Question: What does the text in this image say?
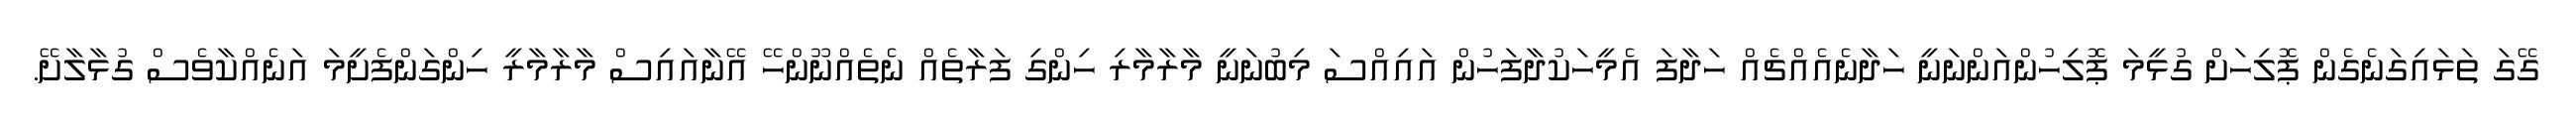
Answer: ގޭގަ ތަޅައިގަނެގެން ޕޮލިހަށް ގުޅީމަ ޕޮލިހުންއަންނަނީ ހަދާނެއެއްޗެއް ހަދާފަ އެމީހަކުދާފަހުން އައިއްސަ މިބުނަނީ މާރާމާރި ހިންގި ފަރާތެއް ނެތެއްނޫންހޭ އޭނާއައިސް މާރާމާރީ ހިންގަންފެށީމަ އަނެއްކާވެސް ގުޅާލާށޭ.